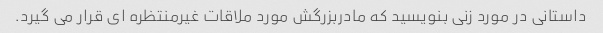
داستانی در مورد زنی بنویسید که مادربزرگش مورد ملاقات غیرمنتظره ای قرار می گیرد.